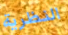
النظرية